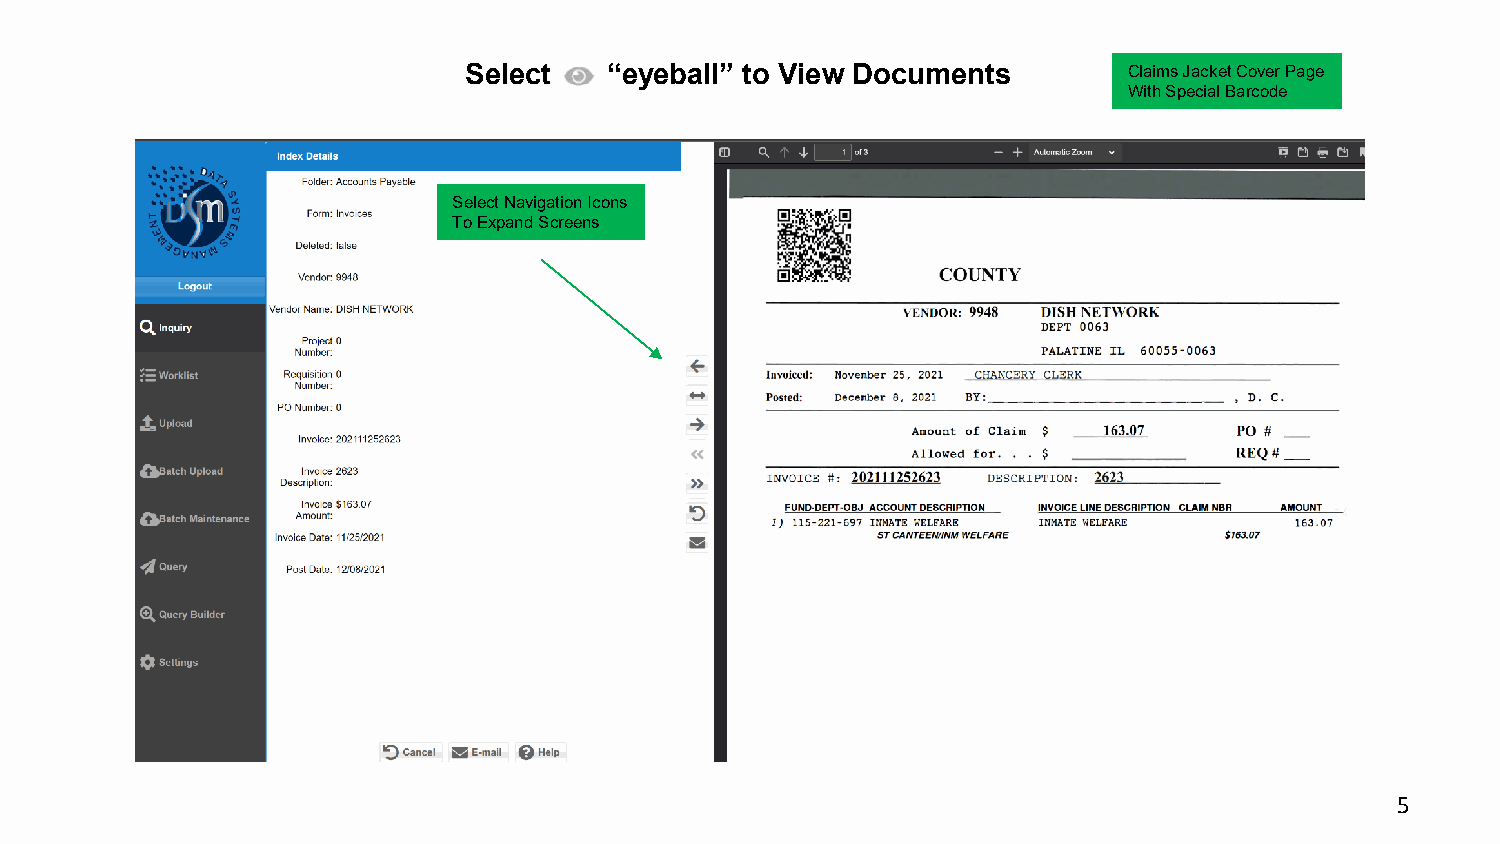
Select   “eyeball” to View Documents        Claims Jacket Cover Page
 With Special Barcode
 SSeelleecctt NNaavviiggaattiioonn IIccoonnss
 TToo EExxppaanndd SSccrreeeennss
 5